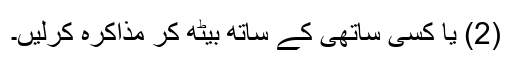
(2) یا کسی ساتھی کے ساتھ بیٹھ کر مذاکرہ کرلیں۔